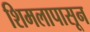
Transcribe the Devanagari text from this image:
शिमलापासून